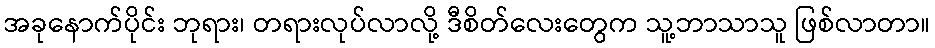
အခုနောက်ပိုင်း ဘုရား၊ တရားလုပ်လာလို့ ဒီစိတ်လေးတွေက သူ့ဘာသာသူ ဖြစ်လာတာ။